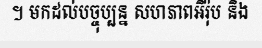
។ មកដល់បច្ចុប្បន្ន សហភាពអឺរ៉ុប និង